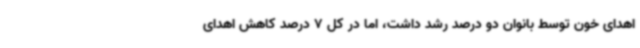
اهدای خون توسط بانوان دو درصد رشد داشت، اما در کل 7 درصد کاهش اهدای